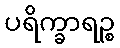
ပရိက္ခာရဉ္စ